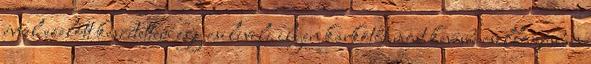
évvel ezelőtt készítettem egy csilivili ilyen karkötőt.most kevésbé csillogósban